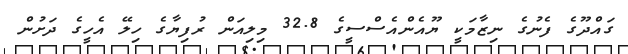
ގައްދޫގެ ފެނުގެ ނިޒާމަކީ ޔޫއެންއެސްސީގެ 32.8 މިލިއަން ރުފިޔާގެ ހިލޭ އެހީގެ ދަށުން